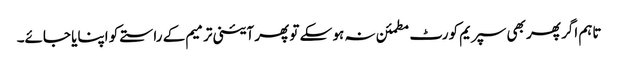
تاہم اگر پھر بھی سپریم کورٹ مطمئن نہ ہو سکے تو پھر آئینی ترمیم کے راستے کو اپنایا جائے۔